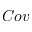
C o v